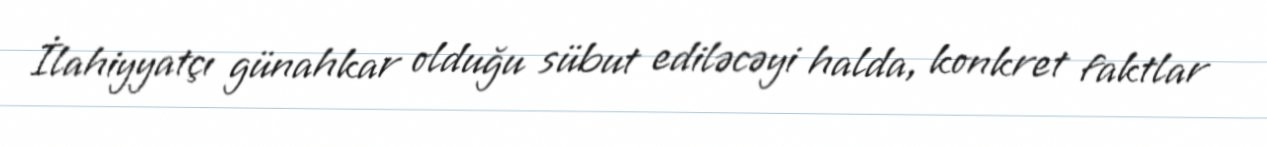
İlahiyyatçı günahkar olduğu sübut ediləcəyi halda, konkret faktlar